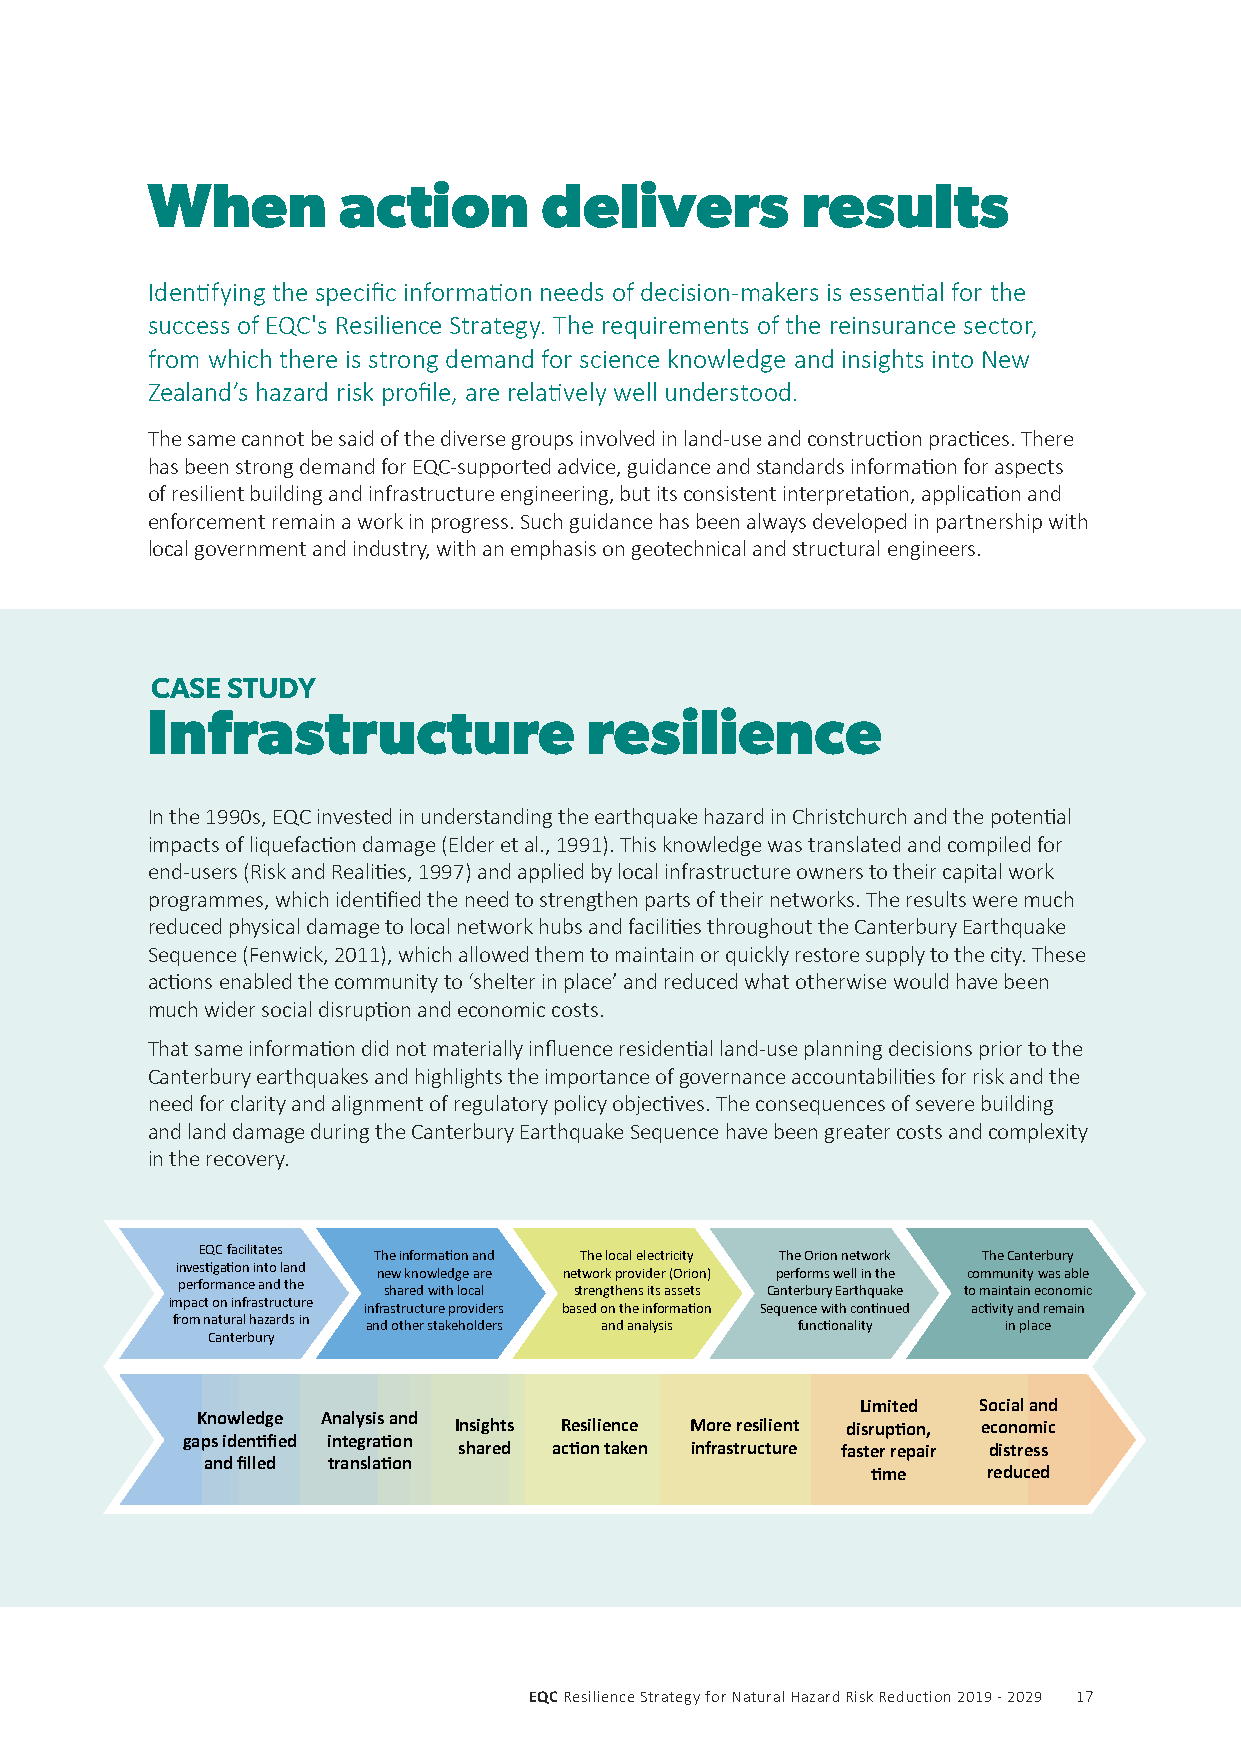
When        action        delivers         results
 Identifying the specific information needs of decision-makers is essential for the
 success of EQC's Resilience Strategy. The requirements of the reinsurance sector,
 from which there is strong demand for science knowledge and insights into New
 Zealand’s hazard risk profile, are relatively well understood.
 The same cannot be said of the diverse groups involved in land-use and construction practices. There
 has been strong demand for EQC-supported advice, guidance and standards information for aspects
 of resilient building and infrastructure engineering, but its consistent interpretation, application and
 enforcement remain a work in progress. Such guidance has been always developed in partnership with
 local government and industry, with an emphasis on geotechnical and structural engineers.
 CASE STUDY
 Infrastructure               resilience
 In the 1990s, EQC invested in understanding the earthquake hazard in Christchurch and the potential
 impacts of liquefaction damage (Elder et al., 1991). This knowledge was translated and compiled for
 end-users (Risk and Realities, 1997) and applied by local infrastructure owners to their capital work
 programmes, which identified the need to strengthen parts of their networks. The results were much
 reduced physical damage to local network hubs and facilities throughout the Canterbury Earthquake
 Sequence (Fenwick, 2011), which allowed them to maintain or quickly restore supply to the city. These
 actions enabled the community to ‘shelter in place’ and reduced what otherwise would have been
 much wider social disruption and economic costs.
 That same information did not materially influence residential land-use planning decisions prior to the
 Canterbury earthquakes and highlights the importance of governance accountabilities for risk and the
 need for clarity and alignment of regulatory policy objectives. The consequences of severe building
 and land damage during the Canterbury Earthquake Sequence have been greater costs and complexity
 in the recovery.
 EQC facilitates
 The information and The local electricity The Orion network The Canterbury
 investigation into land
 new knowledge are network provider (Orion) performs well in the community was able
 performance and the
 shared with local strengthens its assets Canterbury Earthquake to maintain economic
 impact on infrastructure
 infrastructure providers based on the information Sequence with continued activity and remain
 from natural hazards in
 and other stakeholders and analysis functionality in place
 Canterbury
 Limited Social and
 Knowledge Analysis and
 Insights Resilience More resilient disruption, economic
 gaps identified integration
 shared action taken infrastructure faster repair distress
 and filled translation
 time   reduced
 EQC Resilience Strategy for Natural Hazard Risk Reduction 2019 - 2029 17